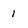
Character: 1